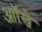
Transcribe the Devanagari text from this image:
आॉखे